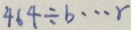
4 6 4 \div b \cdots r